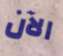
الآن